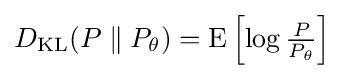
D_{\text{KL}}(P\parallel P_{\theta })=\mathrm {E} \left[\log {\tfrac {P}{P_{\theta }}}\right]